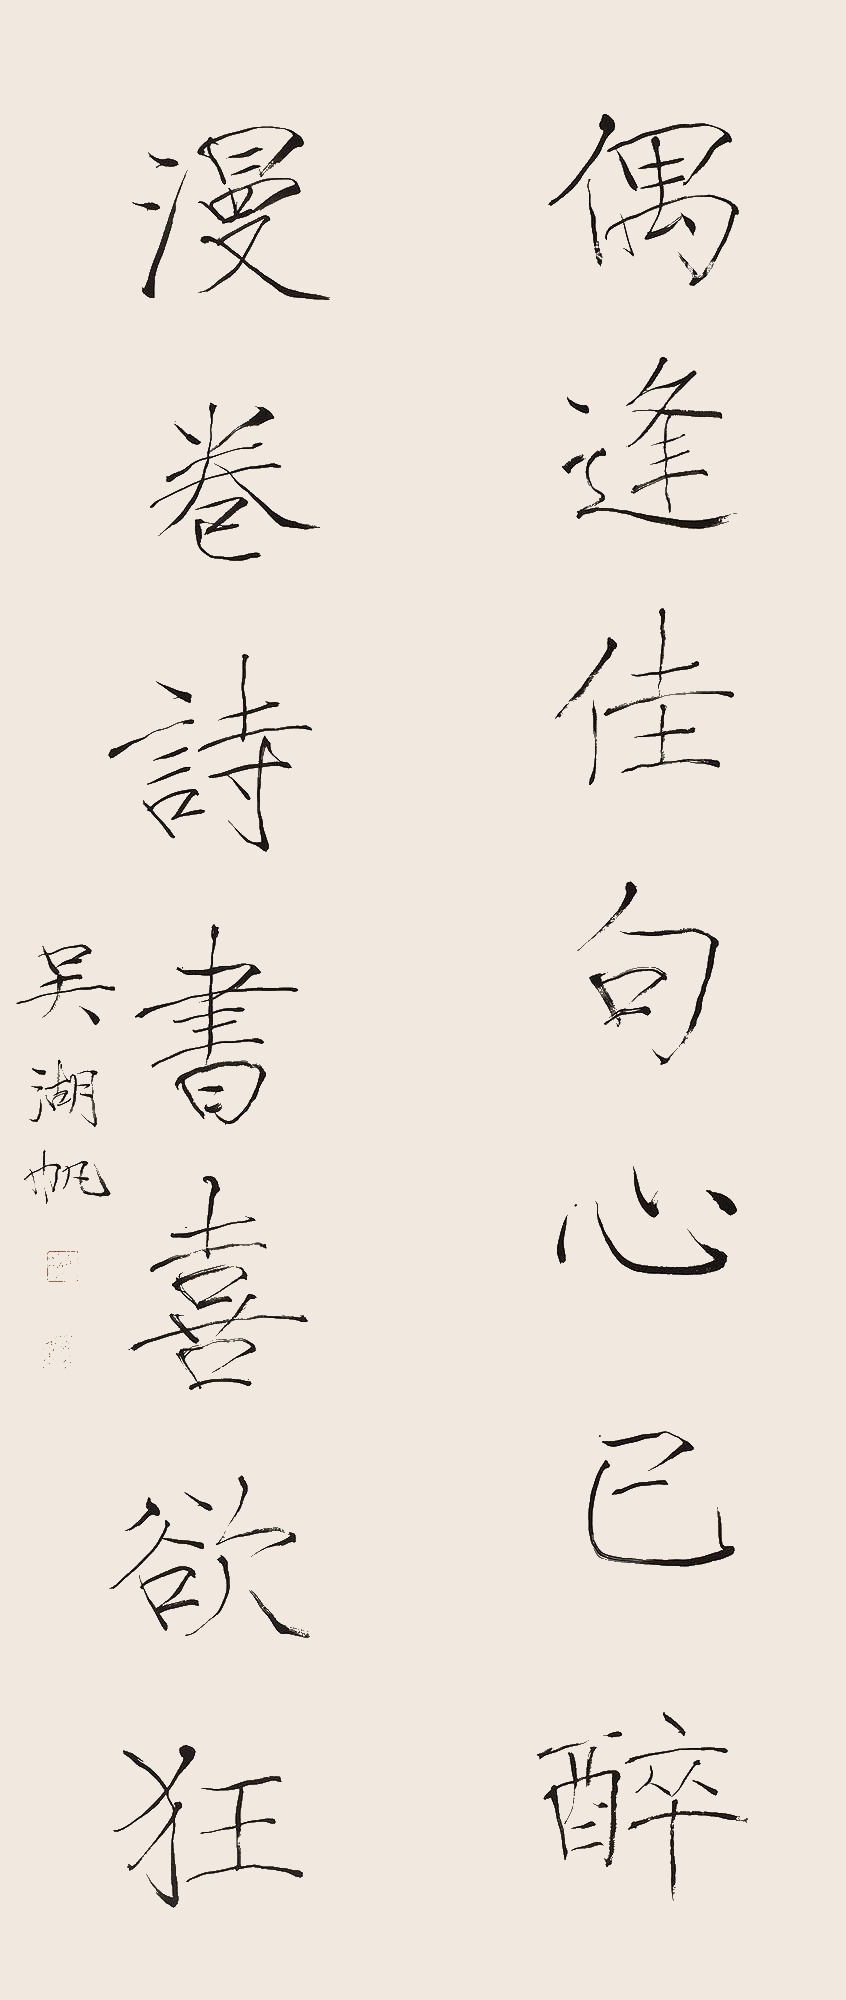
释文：偶逢佳句心已醉，漫卷诗书喜欲狂。吴湖帆。